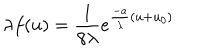
LaTeX: \lambda f ( u ) = \frac 1 { 8 \lambda } e ^ { \frac { - a } { \lambda } ( u + u _ { 0 } ) }